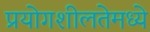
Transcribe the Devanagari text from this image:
प्रयोगशीलतेमध्ये